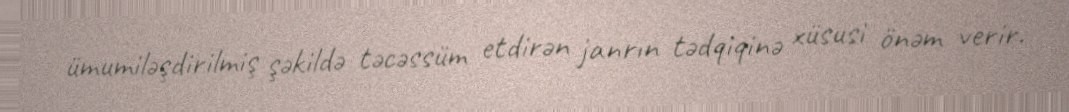
ümumiləşdirilmiş şəkildə təcəssüm etdirən janrın tədqiqinə xüsusi önəm verir.